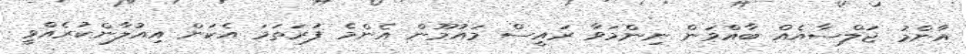
އާންމު ޖަލްސާއެއް ބާއްވަން ނިންމަވާ ރައީސް މައުމޫން އެންމެ ފުރަތަމަ އެކަން އިއުލާންކުރެއްވީ